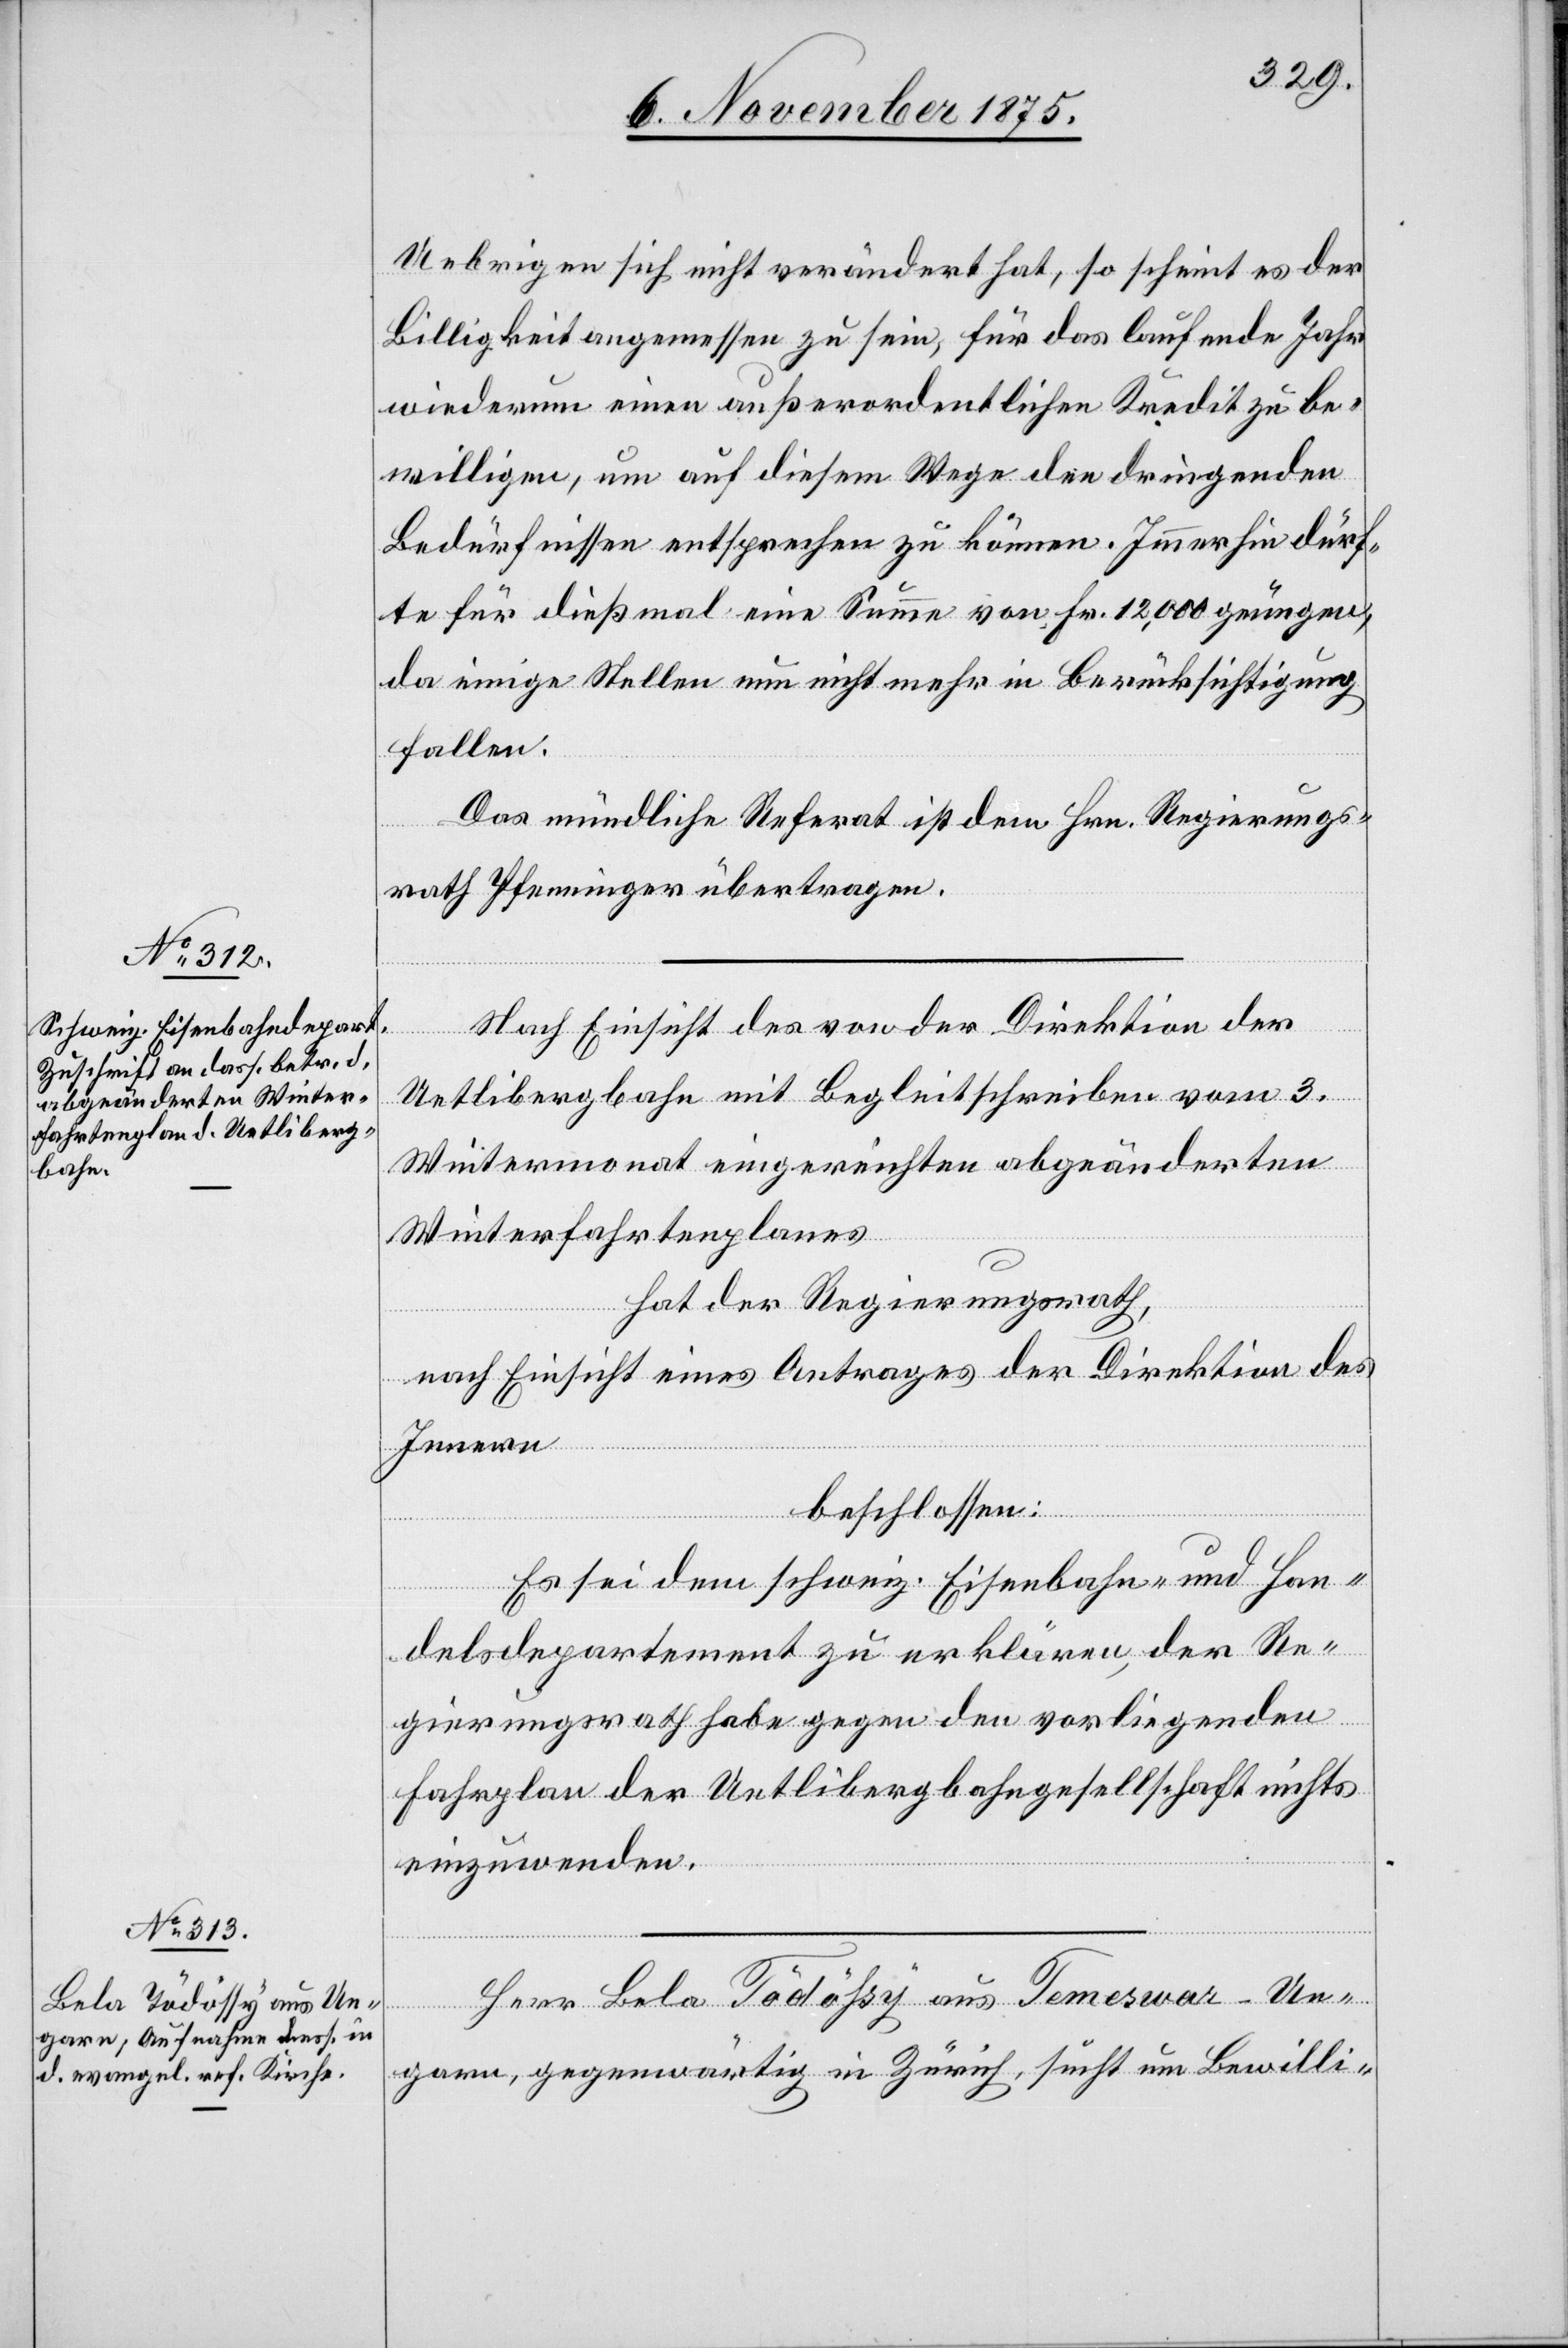
Uebrigen sich nicht verändert hat, so scheint es der
Billigkeit angemessen zu sein, für das laufende Jahr
wiederum einen außerordentlichen Kredit zu be¬
willigen, um auf diesem Wege den dringenden
Bedürfnissen entsprechen zu können. Immerhin dürf¬
te für dießmal eine Summe von Fr. 12,000 genügen,
da einige Stellen nun nicht mehr in Berücksichtigung
fallen.
Das mündliche Referat ist dem Hrn. Regierungs¬
rath Pfenninger übertragen.
Nach Einsicht des von der Direktion der
Uetlibergbahn mit Begleitschreiben vom 3.
Wintermonat eingereichten abgeänderten
Winterfahrtenplanes
hat der Regierungsrath,
nach Einsicht eines Antrages der Direktion des
Innern
beschlossen:
Es sei dem schweiz. Eisenbahn- und Han¬
delsdepartement zu erklären, der Re¬
gierungsrath habe gegen den vorliegenden
Fahrplan der Uetlibergbahngesellschaft nichts
einzuwenden.
Herr Bela Tödößy aus Temeswar - Un¬
garn, gegenwärtig in Zürich, sucht um Bewilli-